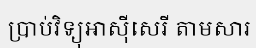
ប្រាប់វិទ្យុអាស៊ីសេរី តាមសារ